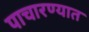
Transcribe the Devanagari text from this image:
पाचारण्यात